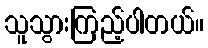
သူသွားကြည့်ပါတယ်။